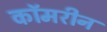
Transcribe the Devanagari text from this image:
कॉमरीन